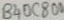
Text: B40C800